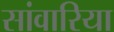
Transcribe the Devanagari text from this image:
सांवारिया